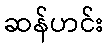
ဆန်ဟင်း